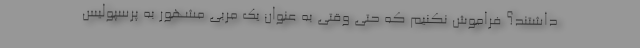
داشتند؟ فراموش نکنیم که حتی وقتی به عنوان یک مربی مشهور به پرسپولیس